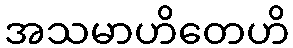
အသမာဟိတေဟိ